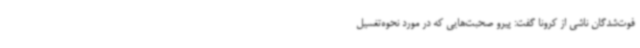
فوت‌شدگان ناشی از کرونا گفت: پیرو صحبت‌هایی که در مورد نحوه‌تغسیل